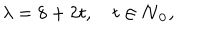
\lambda = 8 + 2 t , \quad t \in \bf { N } _ { 0 } ,